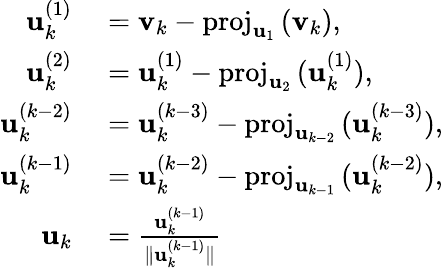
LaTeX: \begin{array}{rl}{\mathbf{u}_{k}^{(1)}}&{{}=\mathbf{v}_{k}-\mathrm{proj}_{\mathbf{u}_{1}}\, (\mathbf{v}_{k}),}\\ {\mathbf{u}_{k}^{(2)}}&{{}=\mathbf{u}_{k}^{(1)}-\mathrm{proj}_{\mathbf{u}_{2}}\, (\mathbf{u}_{k}^{(1)}),}\\ {\mathbf{u}_{k}^{(k-2)}}&{{}=\mathbf{u}_{k}^{(k-3)}-\mathrm{proj}_{\mathbf{u}_{k-2}}\, (\mathbf{u}_{k}^{(k-3)}),}\\ {\mathbf{u}_{k}^{(k-1)}}&{{}=\mathbf{u}_{k}^{(k-2)}-\mathrm{proj}_{\mathbf{u}_{k-1}}\, (\mathbf{u}_{k}^{(k-2)}),}\\ {\mathbf{u}_{k}}&{{}={\frac{\mathbf{u}_{k}^{(k-1)}}{\| \mathbf{u}_{k}^{(k-1)}\| }}}\end{array}